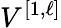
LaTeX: V^{[{1},{\ell}]}